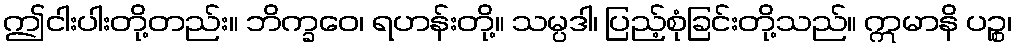
ဤငါးပါးတို့တည်း။ ဘိက္ခဝေ၊ ရဟန်းတို့။ သမ္ပဒါ၊ ပြည့်စုံခြင်းတို့သည်။ ဣမာနိ ပဉ္စ၊